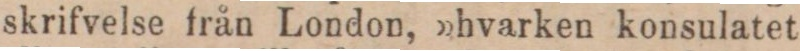
skrifvelse från London, »hvarken konsulatet